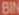
BIN